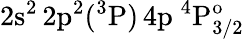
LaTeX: \mathrm{2s^{2}\, 2p^{2}(^{3}P)\, 4p~^{4}P_{3/2}^{o}}